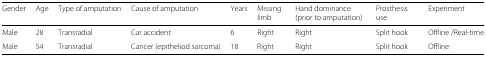
| Gender | Age | Type of amputation | Cause of amputation | Years | Missing limb | Hand dominance (prior to amputation) | Prosthesis use | Experiment |
 | --- | --- | --- | --- | --- | --- | --- | --- | --- |
 | Male | 28 | Transradial | Car accident | 6 | Right | Right | Split hook | Offline /Real-time |
 | Male | 54 | Transradial | Cancer (epitheliod sarcoma) | 18 | Right | Right | Split hook | Offline |